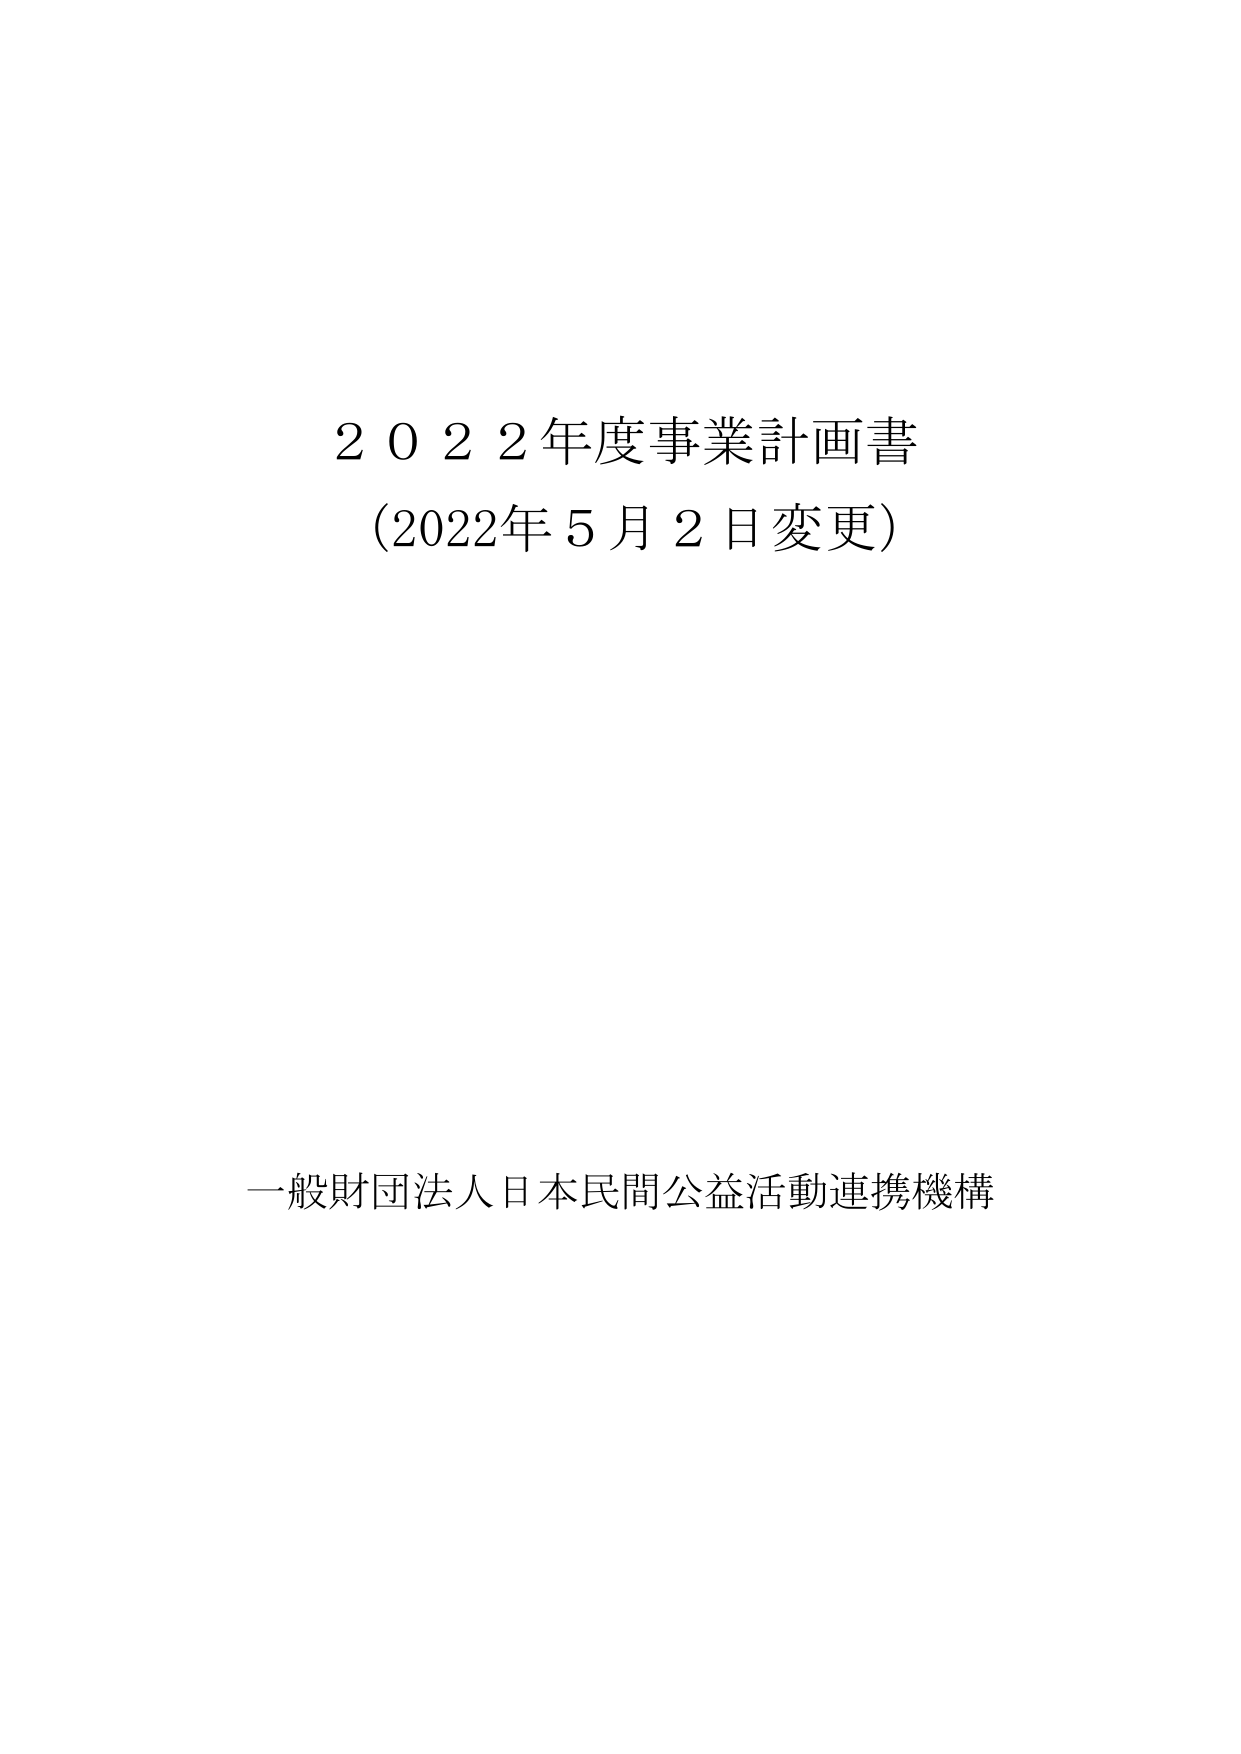
２０２２年度事業計画書
（2022年５月２日変更）

一般財団法人日本民間公益活動連携機構